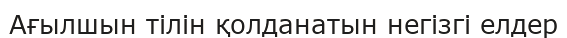
Ағылшын тілін қолданатын негізгі елдер